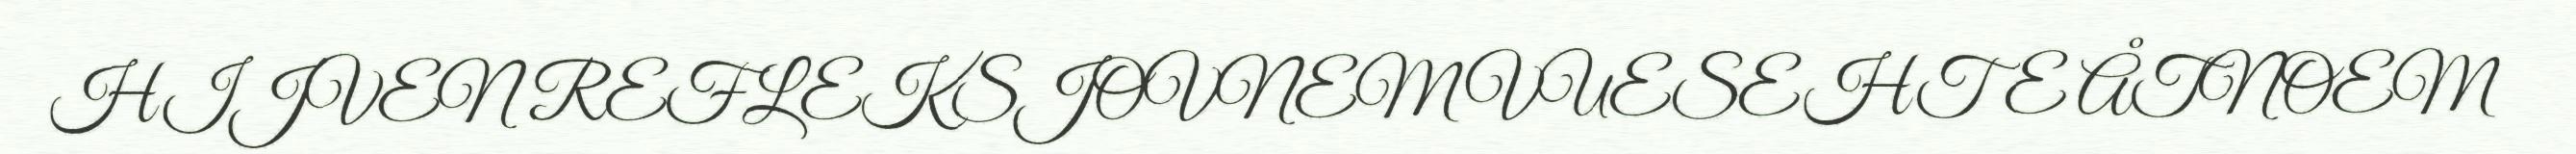
HIJVEN REFLEKSJOVNEM VUESEHTE ÅTNOEM